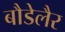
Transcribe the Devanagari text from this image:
बौडेलैर